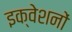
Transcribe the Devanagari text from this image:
इक्वेशनों